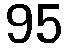
95